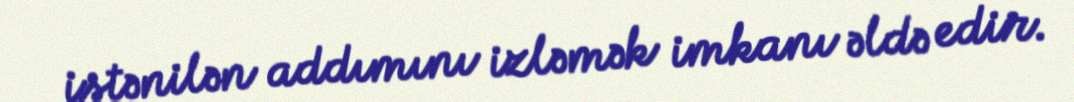
istənilən addımını izləmək imkanı əldə edir.